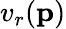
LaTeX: v_{r}(\mathbf{p})